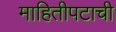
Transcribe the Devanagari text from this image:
माहितीपटाची